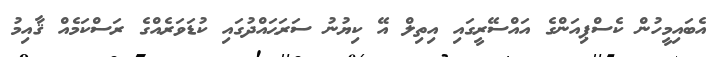
އެބައިމީހުން ކެސްޕިއަންގެ އައްސޭރީގައި އިތިލް އޭ ކިޔުނު ސަރަޙައްދުގައި ކުޑަވަރެއްގެ ރަސްކަމެއް ޤާއިމު